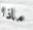
ماذا